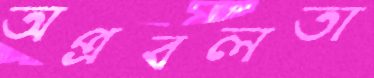
অপ্রবলতা